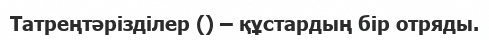
Татреңтәрізділер () – құстардың бір отряды.